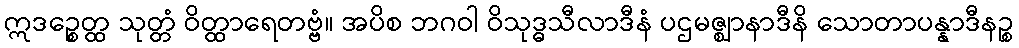
ဣဒဉ္စေတ္ထ သုတ္တံ ဝိတ္ထာရေတဗ္ဗံ။ အပိစ ဘဂဝါ ဝိသုဒ္ဓသီလာဒီနံ ပဌမဇ္ဈာနာဒီနိ သောတာပန္နာဒီနဉ္စ